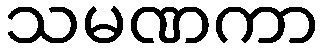
သမဏကာ